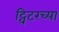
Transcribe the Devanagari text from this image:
ट्विटरच्या